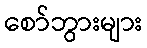
စော်ဘွားများ